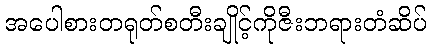
အပေါစားတရုတ်စတီးချိုင့်ကိုဇီးဘရားတံဆိပ်